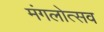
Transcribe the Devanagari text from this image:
मंगलोत्सव